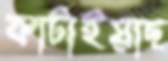
কাটাইয়াছ